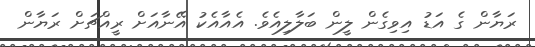
ރަޔާން ގެ އަޑު އިވިގެން ލީން ބަލާލިއެވެ. އެއާއެކު އޭނާއަށް ރީއްޗަށް ރަޔާން